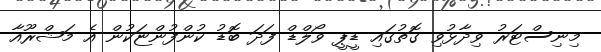
މިނިސްޓަރު ވިދާޅުވި ގޮތުގައި ޑީޕީ ވޯލްޑް ފަދަ ބޮޑު ކުންފުންޏަކުން އެ މަޝްރޫއާ